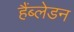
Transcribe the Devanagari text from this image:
हैंब्लेडन